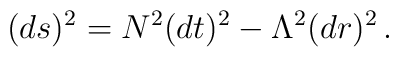
(ds)^{2}=N^{2}(dt)^{2}-\Lambda ^{2}(dr)^{2}\, .